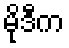
မိုဒီက